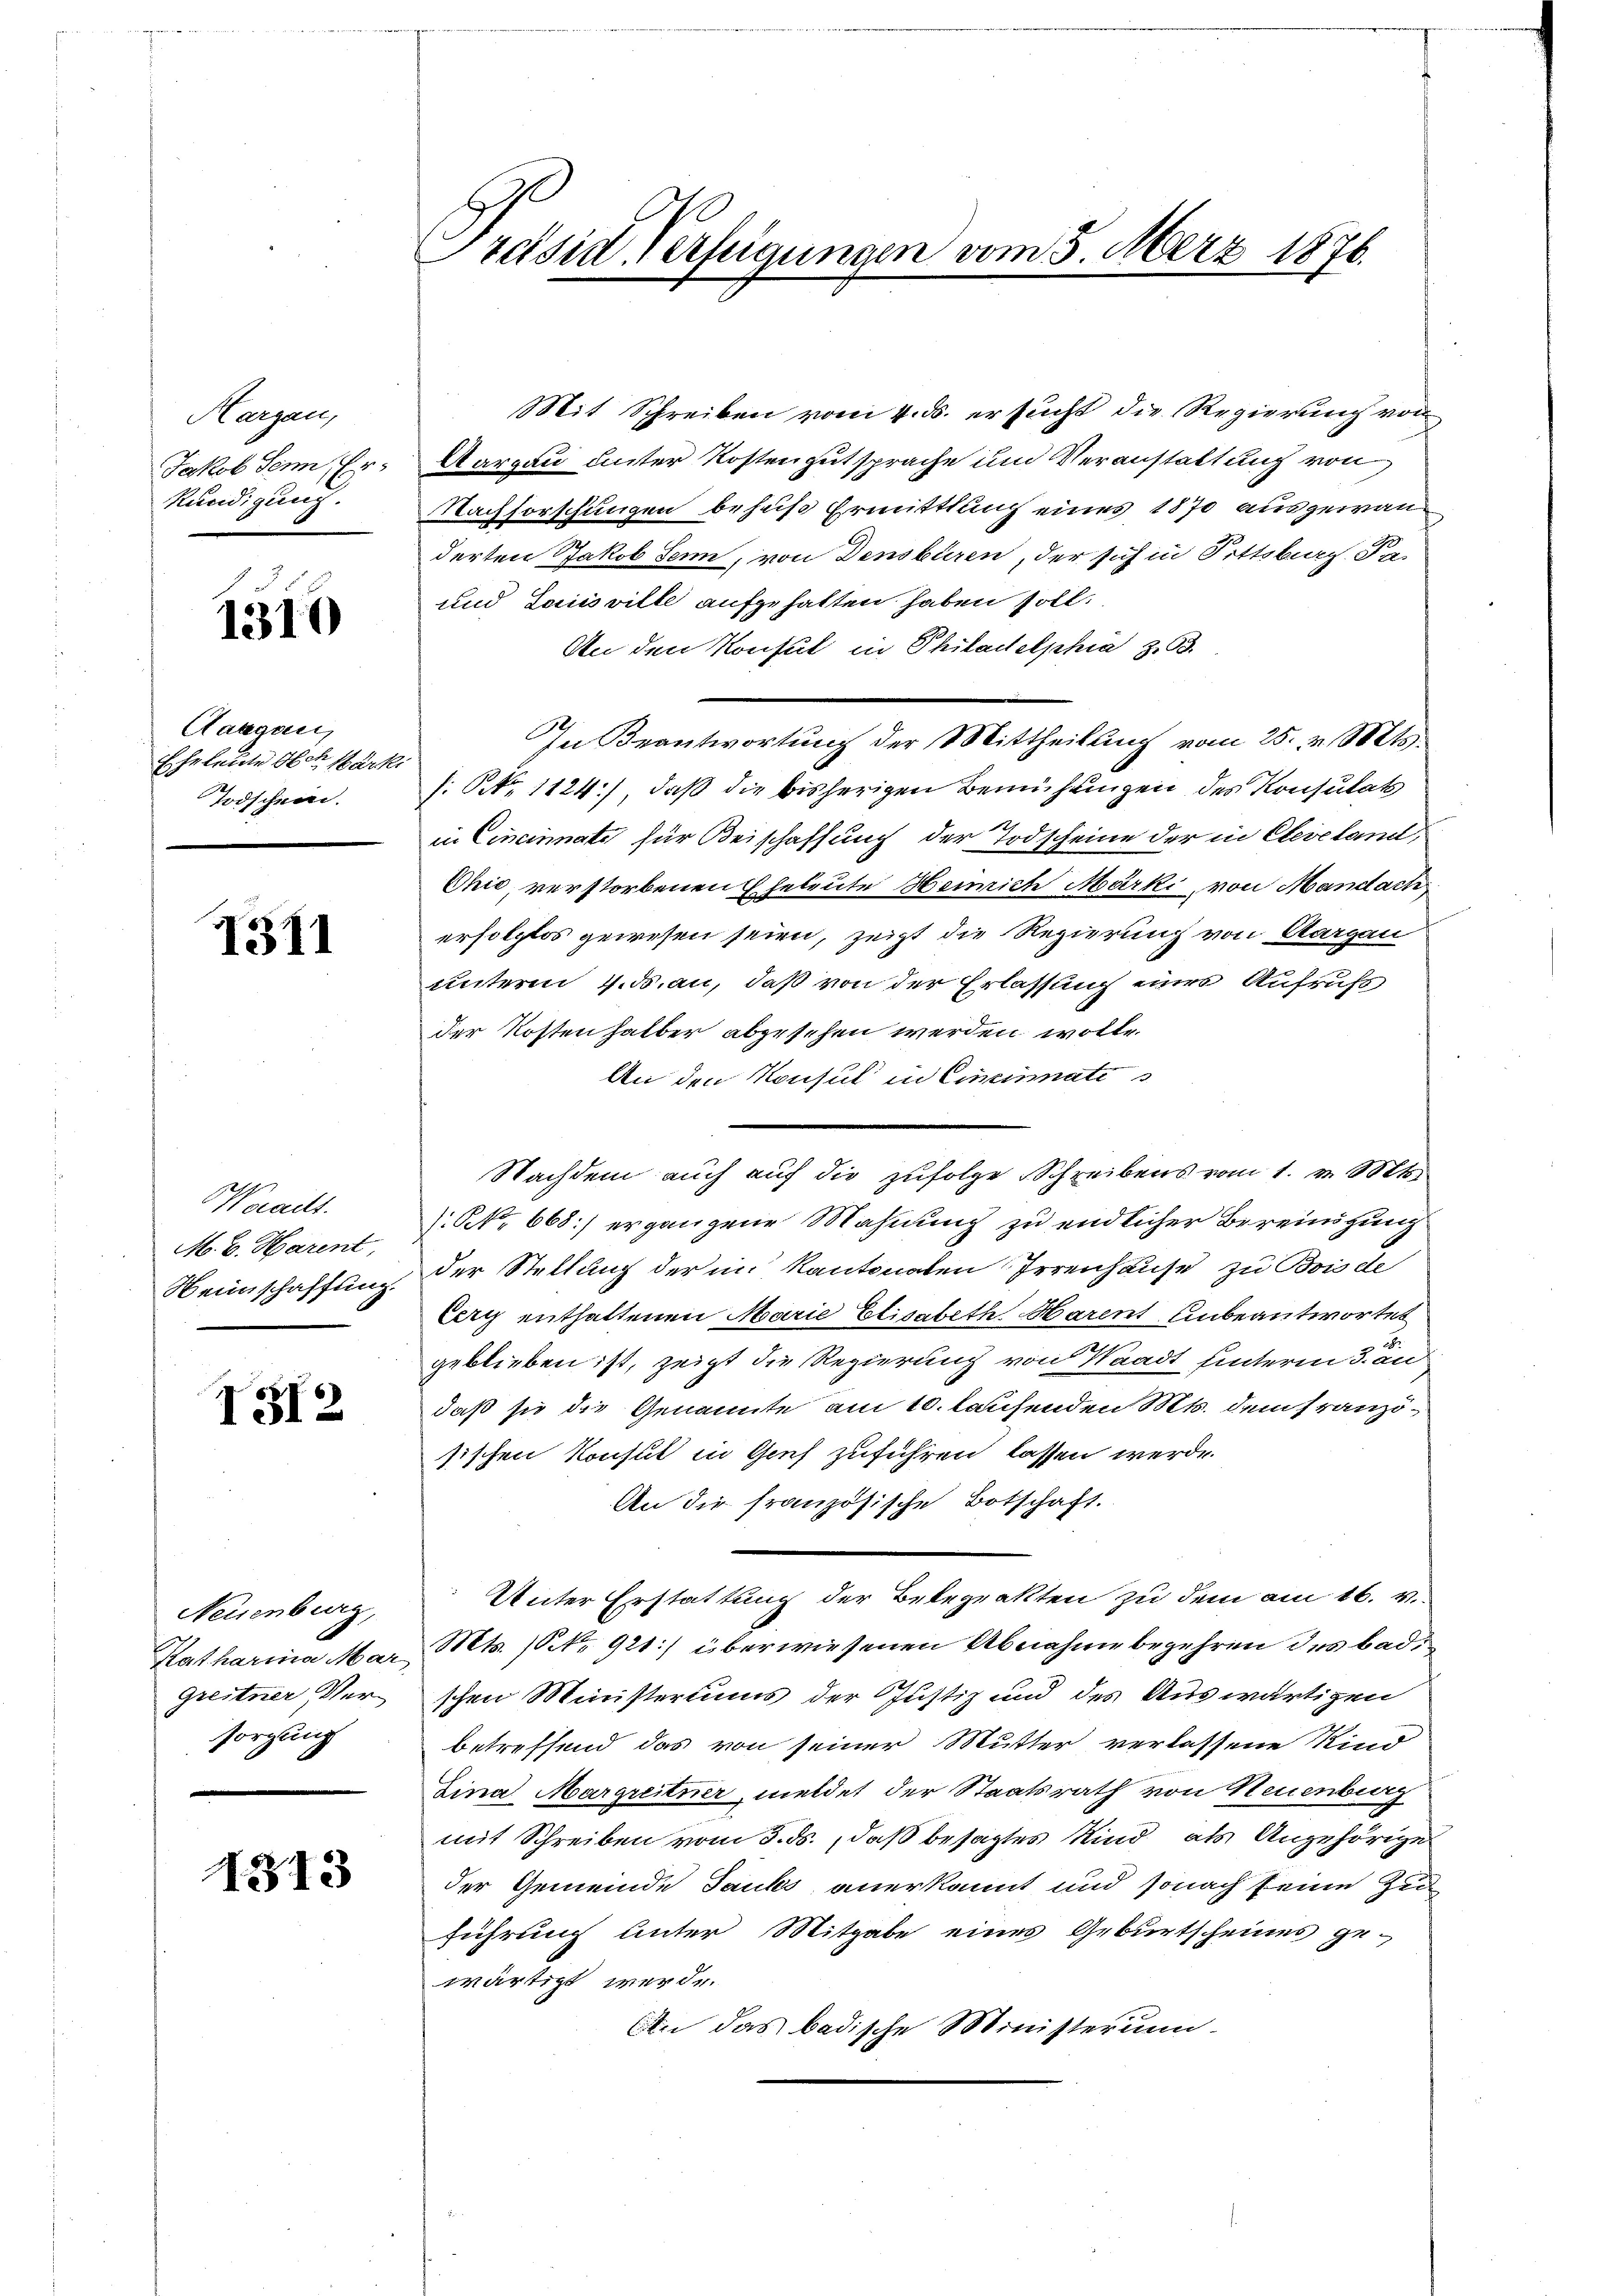
Hargau,
Jakob Senn, Erkundigung.

1310

Aargau,
Eheleute Aber Märki
Todschein.

1311

Woract.
M. v. Harent,
Heimschaffung.

I312

Neuenburg,
Katharina Mar
Grestner Versorgung

13. 13

Präsid Verfügungen vom 5. März 1876.

Mit Schreiben vom 4. ds. ersucht die Regierung von
Aargau unter Kosten gutsprache und Veranstaltung von
Nachforschungen behuf Ermittlung eines 1870 ausgewan
derten Jakob Senn, von Densburen, der sich in Pittsburg Pa-
und Laisville aufgehalten haben soll.
An den Konsul in Philadelphia z. 63.
In Beantwortung der Mittheilung vom 25. v. Mts.
: N. 1124), daß die bisherigen Bemühungen des Konsulats
in Cincinati für Beischaffung der Todscheine der in Cleveland,
Whić, verstorbenen Eheleute Heinrich Märki, von Mandach
erfolglos gewesen seien, zeigt die Regierung von Aargau
unterm 4. ds. an, daß von der Erlassung eines Aufrufs
der Kosten halber abgesehen werden wolle.
An den Konsul in Cincinatis
.N. 668) ergangene Mahnung zu endlicher Bereinigung
der Stellung der im Kantonalen Irrenhause zu Boisde
Cery enthaltenen Marie Elisabeth Harent unbeantwortet
geblieben ist, zeigt die Regierung von Waadt hinterm 3. an
daß sie die Genannte am 10. laufenden Mt. dem Französischen Konsul in Genf zuführen lassen werde.
An die französische Botschaft.
Unter Erstattung der Bekeprakten zu dem am 16. v.
Mts. 10 No 921] überwiesenen Abnahme begehren des badischen Ministeriums der Justiz und des Auswärtigen
betreffend das von seiner Mutter verlassene Kind
Lina Margreitner, meldet der Staatsrath von Neuenburg
mit Schreiben vom 5. ds., daß besagtes Kind als Angehörige
der Gemeinde Jauks anerkannt und sonach seine Zun
führung unter Mitgabe eines Geburtscheines ge-
wärtigt werde.
An das badische Ministerium

Nachdem auch auf die zufolge Schreibens vom 1. v. Mts.